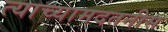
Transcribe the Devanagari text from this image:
त्याच्यामदतनीस